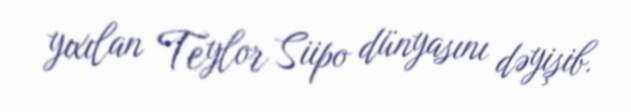
yıxılan Teylor Siipo dünyasını dəyişib.